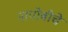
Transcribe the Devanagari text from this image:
नायोबीचे